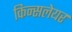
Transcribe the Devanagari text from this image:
किन्सलेयर